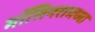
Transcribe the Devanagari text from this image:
मॉसिनरामच्या